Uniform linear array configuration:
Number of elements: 16
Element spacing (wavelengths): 0.25
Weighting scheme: cosine
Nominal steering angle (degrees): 60
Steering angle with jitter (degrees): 58.167
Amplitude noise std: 0.05
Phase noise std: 0.05

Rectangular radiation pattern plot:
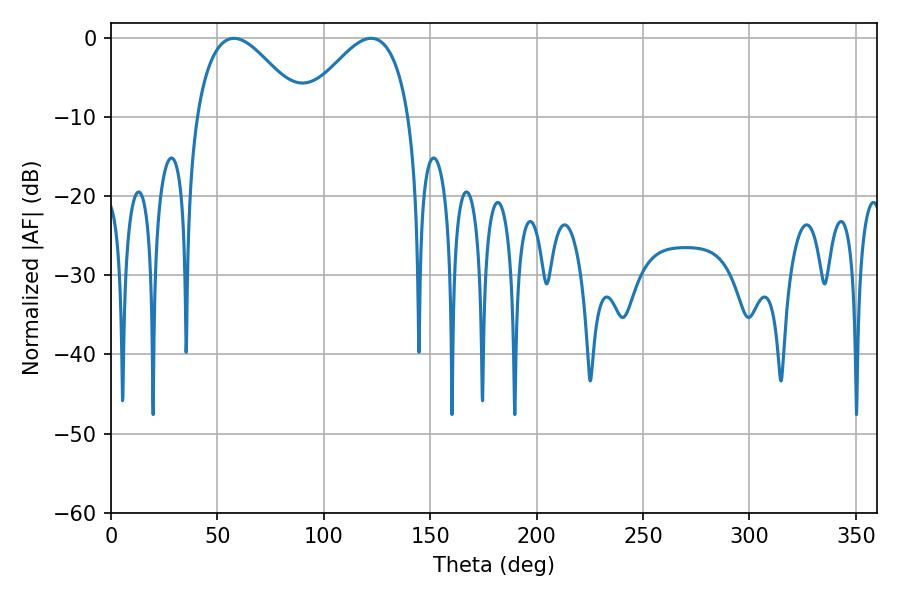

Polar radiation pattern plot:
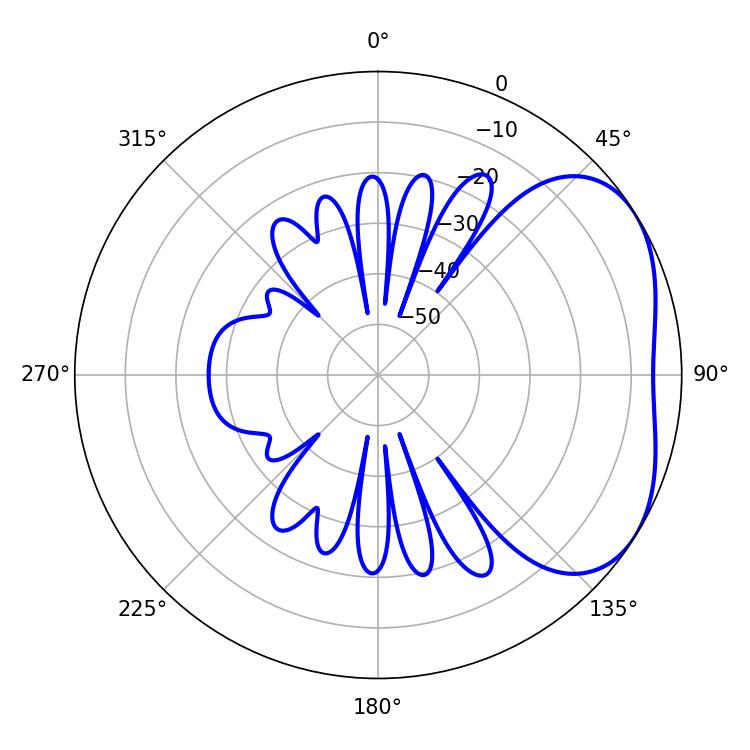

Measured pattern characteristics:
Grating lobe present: FALSE
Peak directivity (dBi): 3.509
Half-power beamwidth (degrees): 27
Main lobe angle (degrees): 57.78